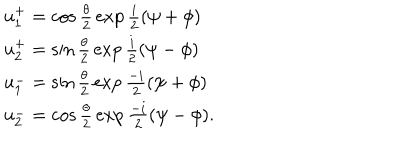
\begin{array} { l c r } { { u _ { 1 } ^ { + } = \cos { \frac { \theta } { 2 } } \exp { \frac { i } { 2 } } ( \psi + \phi ) } } \\ { { u _ { 2 } ^ { + } = \sin { \frac { \theta } { 2 } } \exp { \frac { i } { 2 } } ( \psi - \phi ) } } \\ { { u _ { 1 } ^ { - } = \sin { \frac { \theta } { 2 } } \exp { \frac { - i } { 2 } } ( \psi + \phi ) } } \\ { { u _ { 2 } ^ { - } = \cos { \frac { \theta } { 2 } } \exp { \frac { - i } { 2 } } ( \psi - \phi ) . } } \\ \end{array}